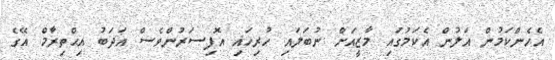
އެހެންކަމުން އަލުން އެކަމުގައި މާޒީއަށް ނުބަލައި ހުރިހައި އޮފިސަރުންވެސް އަދަބު އިޙްތިރާމް އޭގެ